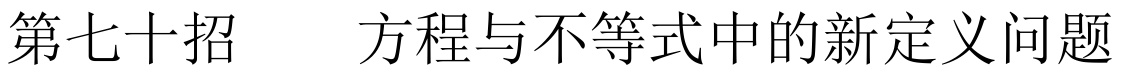
第七十招  方程与不等式中的新定义问题